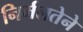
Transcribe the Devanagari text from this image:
निर्मलतेने